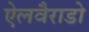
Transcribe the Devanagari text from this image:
ऐलवैराडो